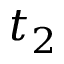
t _ { 2 }